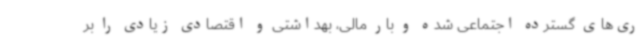
ری‌های گسترده اجتماعی شده و بار مالی، بهداشتی و اقتصادی زیادی را بر